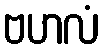
ဗဟလံ